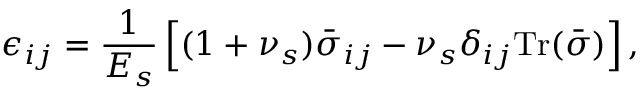
\epsilon _ { i j } = \frac { 1 } { E _ { s } } \left[ ( 1 + \nu _ { s } ) \bar { \sigma } _ { i j } - \nu _ { s } \delta _ { i j } \mathrm { T r } ( \bar { \sigma } ) \right] ,